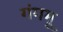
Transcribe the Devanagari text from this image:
गंगमू